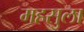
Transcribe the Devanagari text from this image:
महसुला